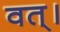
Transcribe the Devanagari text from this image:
वत्।